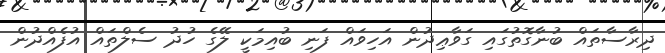
ދިރާސާތައް ބުނާގޮތުގައި ގަވާޢިދުން އަހިވައް ފަނި ބުއިމަކީ ލޭގެ ހުދު ސެލްތައް އުފެއްދުން